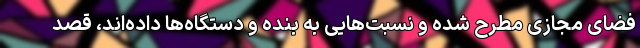
فضای مجازی مطرح شده و نسبت‌هایی به بنده و دستگاه‌ها داده‌اند، قصد